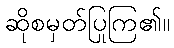
ဆိုစမှတ်ပြုကြ၏။